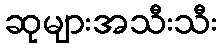
ဆုများအသီးသီး